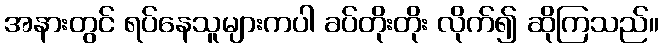
အနားတွင် ရပ်နေသူများကပါ ခပ်တိုးတိုး လိုက်၍ ဆိုကြသည်။